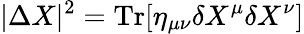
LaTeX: |\Delta X|^{2}=\mathrm{Tr}[\eta_{\mu\nu}\delta X^{\mu}\delta X^{\nu}]